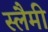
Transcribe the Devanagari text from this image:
स्लैमी